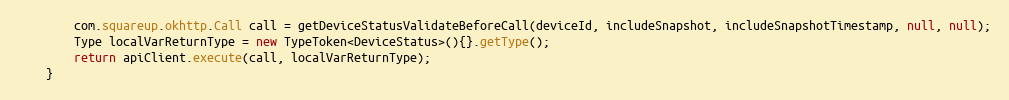
Language: Java
        com.squareup.okhttp.Call call = getDeviceStatusValidateBeforeCall(deviceId, includeSnapshot, includeSnapshotTimestamp, null, null);
        Type localVarReturnType = new TypeToken<DeviceStatus>(){}.getType();
        return apiClient.execute(call, localVarReturnType);
    }